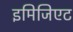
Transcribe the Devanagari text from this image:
इमिजिएट